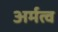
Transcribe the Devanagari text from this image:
अर्मत्व